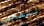
لتفحص